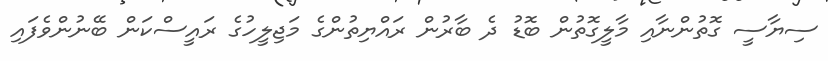
ސިޔާސީ ގޮތުންނާއި މާލީގޮތުން ބޮޑު ދެ ބާރުން ރައްޔިތުންގެ މަޖިލީހުގެ ރައީސްކަން ބޭނުންވެފައި